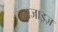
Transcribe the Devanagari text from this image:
नाजाइज़